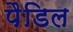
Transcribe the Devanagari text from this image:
पैडिल